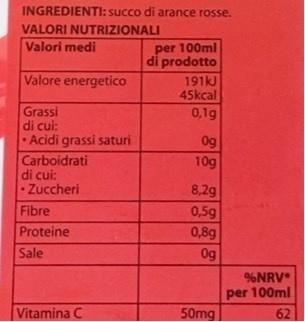
INGREDIENTI: succo di arance rosse.
VALORI NUTRIZIONALI
Valori medi
per 100ml di prodotto
Valore energetico
191kJ 45kcal
Grassi di cui: Acidi grassi saturi Carboidrati di cui: - Zuccheri
0,1g
0g
10g
8,2g 0,5g 0,8g 0g
Fibre Proteine
Sale
%NRV
per 100ml
Vitamina C
50mg
62